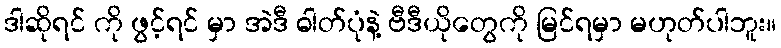
ဒါဆိုရင် ကို ဖွင့်ရင် မှာ အဲဒီ ဓါတ်ပုံနဲ့ ဗီဒီယိုတွေကို မြင်ရမှာ မဟုတ်ပါဘူး။